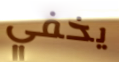
يخفي